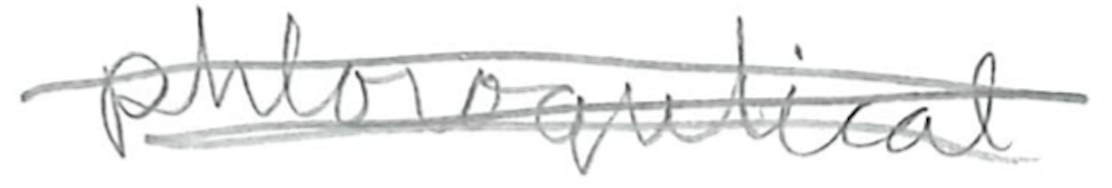
Text: phlorogucinol
Cross-out: scratch
Writing tool: pencil